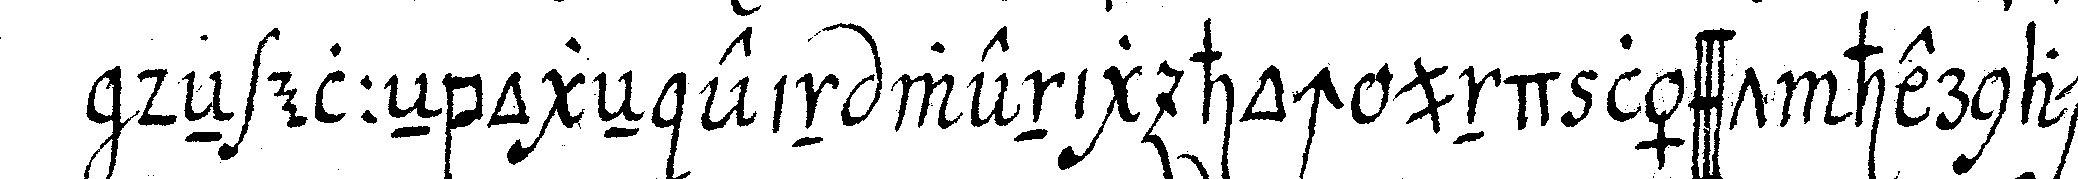
deN elleNbogeN ein wenig hoch und lässt hernach